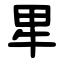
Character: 㽚